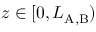
z \in [ 0 , L _ { \mathrm { A , B } } )